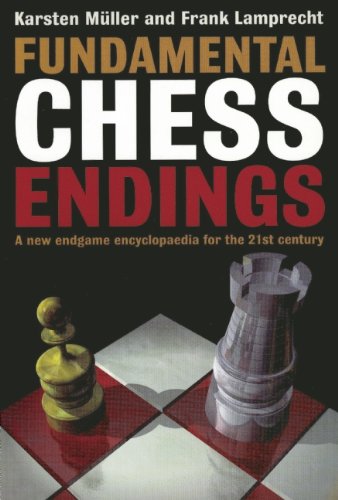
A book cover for Fundamental Chess Endings; Karsten Muller; Humor & Entertainment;